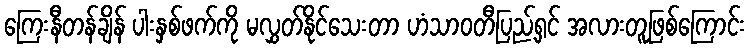
ကြေးနီတန်ချိန် ပါးနှစ်ဖက်ကို မလွှတ်နိုင်သေးတာ ဟံသာဝတီပြည့်ရှင် အလားတူဖြစ်ကြောင်း